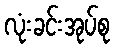
လုံးခင်းအုပ်စု